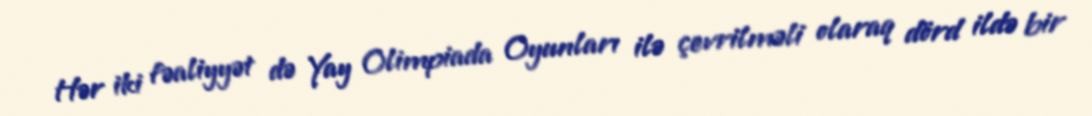
Hər iki fəaliyyət də Yay Olimpiada Oyunları ilə çevrilməli olaraq dörd ildə bir